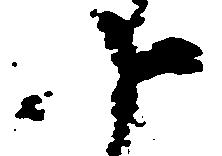
十